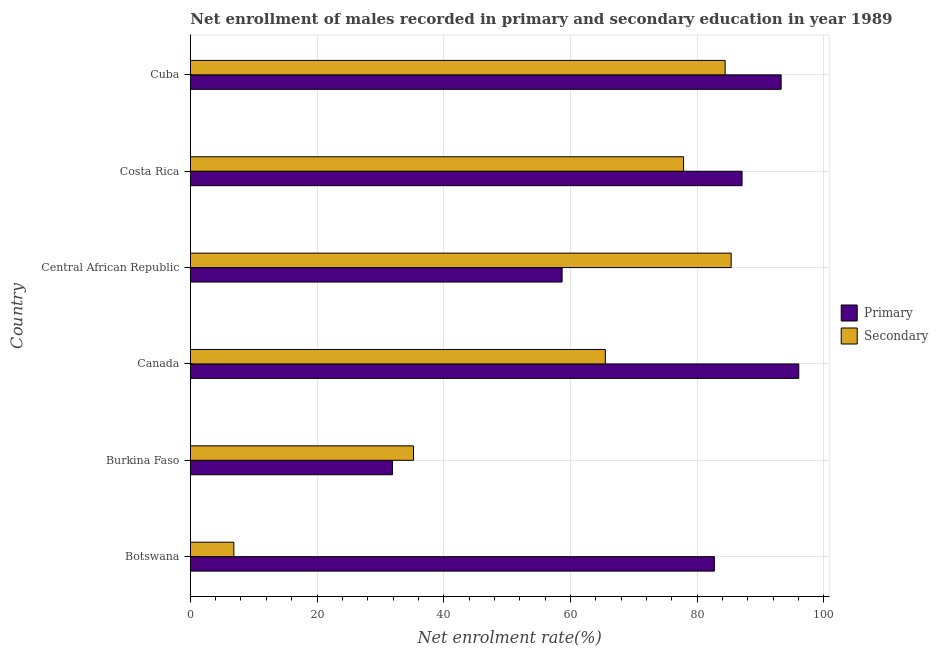
| Country | Primary | Secondary |
 | --- | --- | --- |
 | Botswana | 82.7 | 6.88 |
 | Burkina Faso | 31.9 | 35.2 |
 | Canada | 96 | 65.5 |
 | Central African Republic | 58.7 | 85.4 |
 | Costa Rica | 87.1 | 77.9 |
 | Cuba | 93.3 | 84.4 |